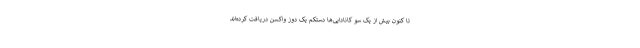
تا کنون بیش از یک سو کانادایی‌ها دستکم یک دوز واکسن دریافت کرده‌اند